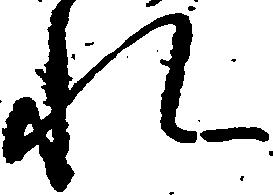
れ